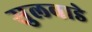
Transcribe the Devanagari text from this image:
सुलवाडे